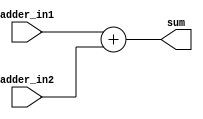
module Adder4Bit (adder_in1, adder_in2, sum);
	input [3:0] adder_in1, adder_in2;
	output [3:0] sum;
	reg [3:0] sum;

	always @(adder_in1, adder_in2) begin
		sum = adder_in1 + adder_in2;

	end



endmodule